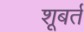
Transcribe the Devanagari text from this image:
शूबर्त